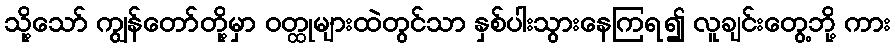
သို့သော် ကျွန်တော်တို့မှာ ဝတ္ထုများထဲတွင်သာ နှစ်ပါးသွားနေကြရ၍ လူချင်းတွေ့ဘို့ ကား